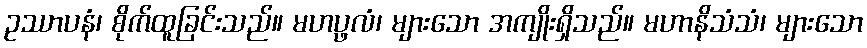
ဥဿာပနံ၊ စိုက်ထူခြင်းသည်။ မဟပ္ဖလံ၊ များသော အကျိုးရှိသည်။ မဟာနိသံသံ၊ များသော